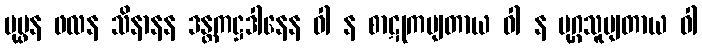
ပုပ္ဖန ဖလန သိနာနန ဒန္တကဋ္ဌဒါနေန ဝါ န စာဋုကမျတာယ ဝါ န မုဂ္ဂသူပျတာယ ဝါ